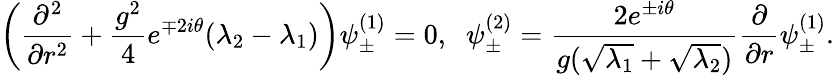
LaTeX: \bigg(\frac{\partial^{2}}{\partial r^{2}}+\frac{g^{2}}{4}e^{\mp 2i\theta}(\lambda_{2}-\lambda_{1})\bigg)\psi_{\pm}^{(1)}=0,\; \; \psi_{\pm}^{(2)}=\frac{2e^{\pm i\theta}}{g(\sqrt{\lambda_{1}}+\sqrt{\lambda_{2}})}\frac{\partial}{\partial r}\psi_{\pm}^{(1)}.